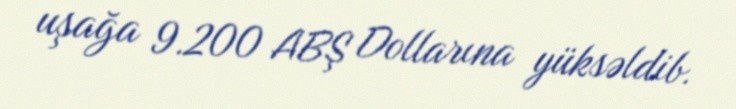
uşağa 9.200 ABŞ Dollarına yüksəldib.